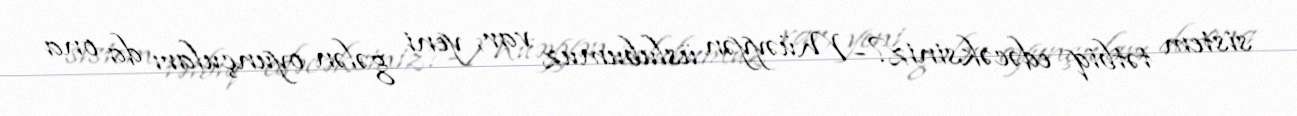
sistem tətbiq edəcəksiniz?- Müəyyən üslubumuz var, yeni gələn oyunçuları da ona